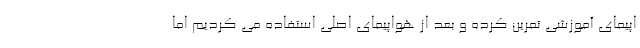
اپیمای آموزشی تمرین کرده و بعد از هواپیمای اصلی استفاده می کردیم اما